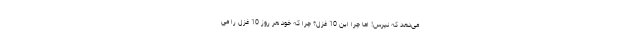
می‌دهد که نپرس! اما چرا این 10 غزل؟ چرا که خود هر روز 10 غزل را می